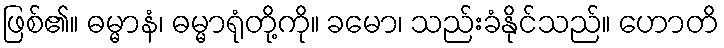
ဖြစ်၏။ ဓမ္မာနံ၊ ဓမ္မာရုံတို့ကို။ ခမော၊ သည်းခံနိုင်သည်။ ဟောတိ